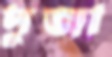
দুজা